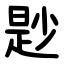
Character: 尟